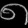
Digit: ၈